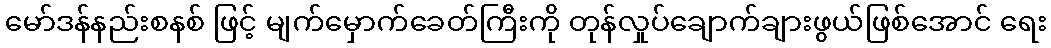
မော်ဒန်နည်းစနစ် ဖြင့် မျက်မှောက်ခေတ်ကြီးကို တုန်လှုပ်ချောက်ချားဖွယ်ဖြစ်အောင် ရေး